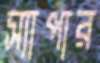
স্যাপার